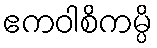
ဧကဝါစိကမ္ပိ